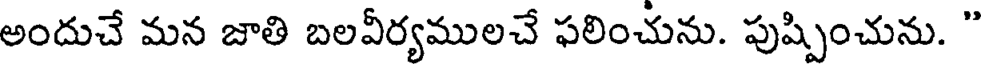
అందుచే మన జాతి బలవీర్యములచే ఫలించును. పుష్పించును. "